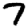
Digit: 7